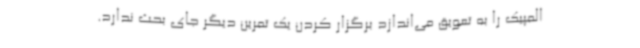
المپیک را به تعویق می‌اندازد برگزار کردن یک تمرین دیگر جای بحث ندارد.